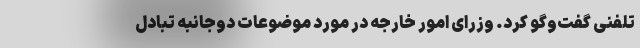
تلفنی گفت‌وگو کرد. وزرای امور خارجه در مورد موضوعات دوجانبه تبادل